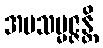
အပသမ္မဇ္ဇန္တိ